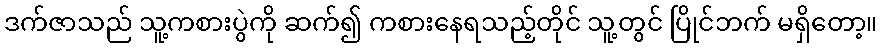
ဒက်ဇာသည် သူ့ကစားပွဲကို ဆက်၍ ကစားနေရသည့်တိုင် သူ့တွင် ပြိုင်ဘက် မရှိတော့။